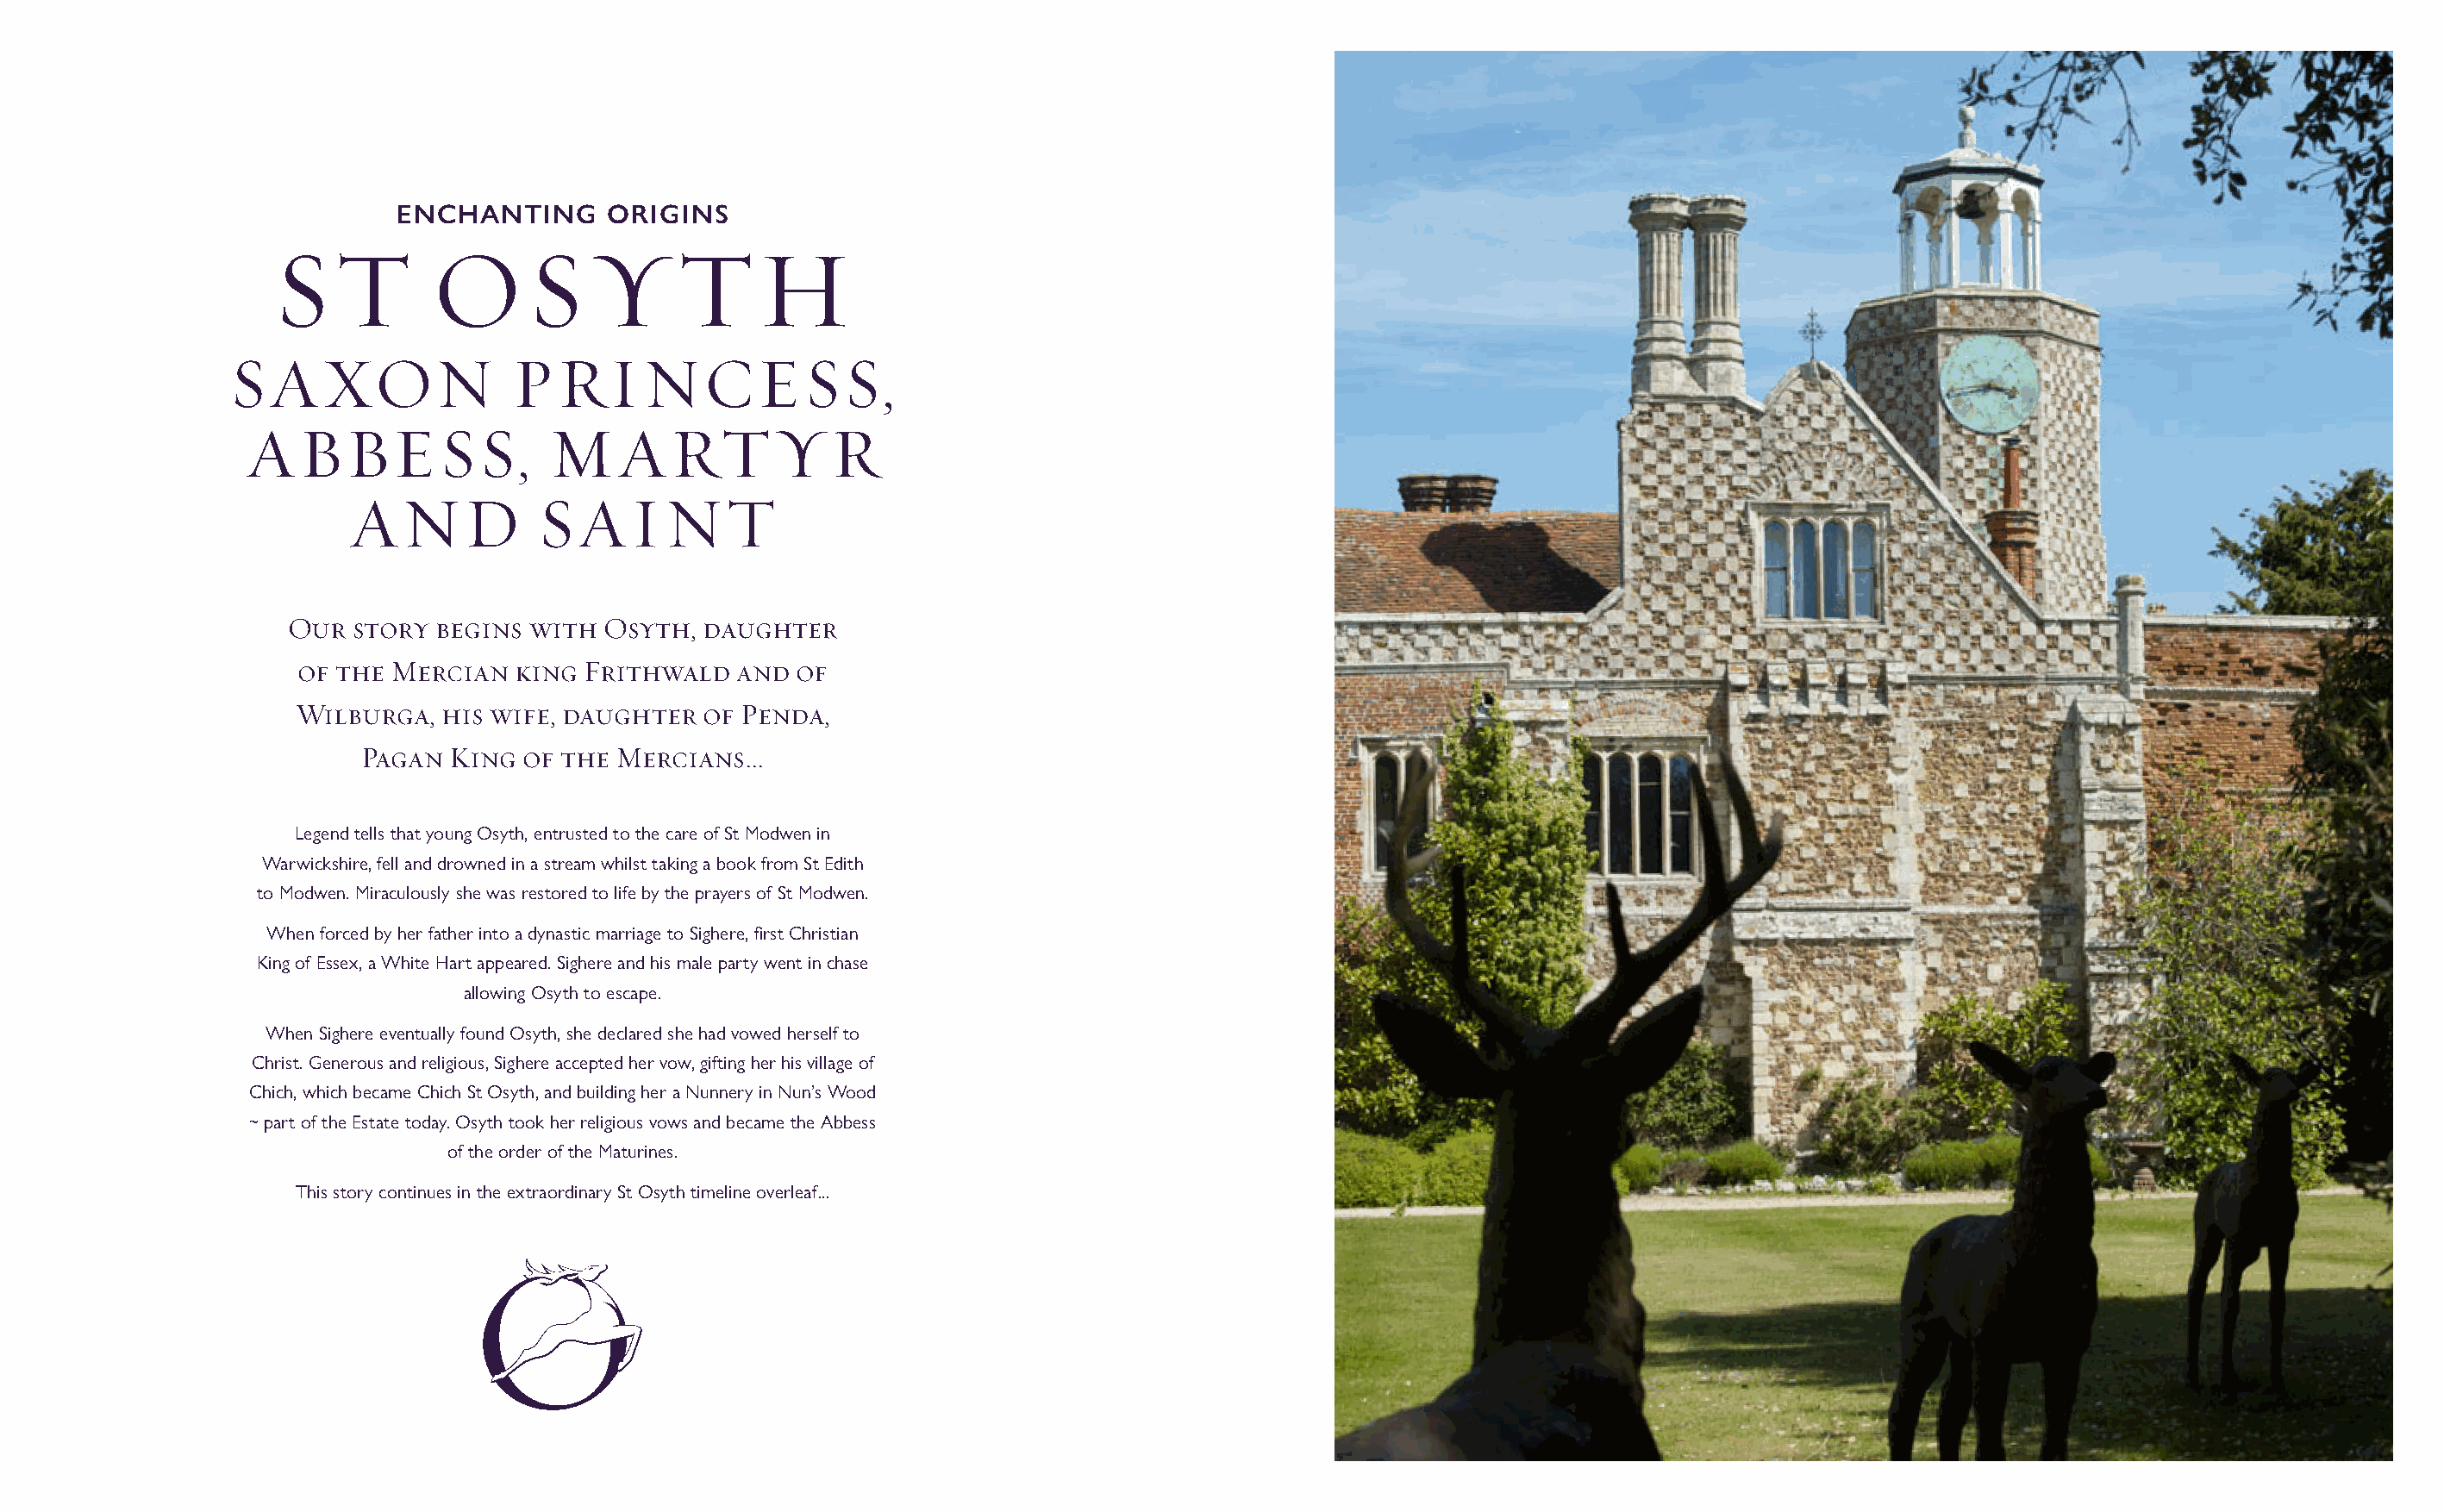
ENCHANTING       ORIGINS
 S    T      O       S   Y      T     H
 SAXON                PRINCESS,
 ABBESS,                MARTYR
 AND           SAINT
 Our  story begins  with Osyth,  daughter
 of the Mercian   king Frithwald   and of
 Wilburga,  his wife, daughter  of Penda,
 Pagan  King of the Mercians...
 Legend tells that young Osyth, entrusted to the care of St Modwen in
 Warwickshire, fell and drowned in a stream whilst taking a book from St Edith
 to Modwen. Miraculously she was restored to life by the prayers of St Modwen.
 When forced by her father into a dynastic marriage to Sighere, fi rst Christian
 King of Essex, a White Hart appeared. Sighere and his male party went in chase
 allowing Osyth to escape.
 When Sighere eventually found Osyth, she declared she had vowed herself to
 Christ. Generous and religious, Sighere accepted her vow, gifting her his village of
 Chich, which became Chich St Osyth, and building her a Nunnery in Nun’s Wood
 ~ part of the Estate today. Osyth took her religious vows and became the Abbess
 of the order of the Maturines.
 This story continues in the extraordinary St Osyth timeline overleaf...